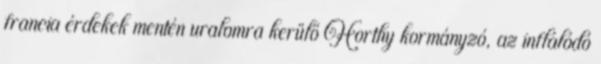
francia érdekek mentén uralomra kerülő Horthy kormányzó, az inflálódó